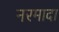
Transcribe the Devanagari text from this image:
नरमादा